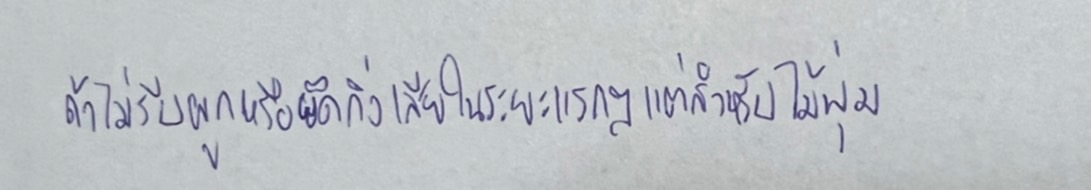
ถ้าไม่รีบผูกหรือยึดกิ่งเสียในระยะแรกๆแต่สำหรับไม้พุ่ม